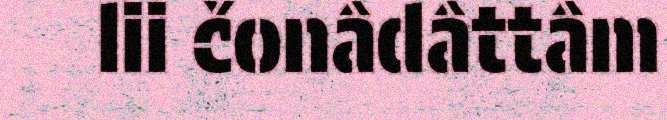
lii čonâdâttâm